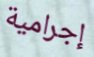
إجرامية